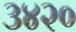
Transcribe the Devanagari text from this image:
३४२०